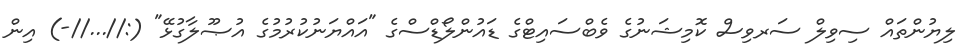
ލިޔުންތައް ސިވިލް ސަރވިސް ކޮމިޝަނުގެ ވެބްސައިޓްގެ ޑައުންލޯޑްސްގެ "އައްޔަނުކުރުމުގެ އުޞޫލާގުޅޭ" (://...//-) އިން